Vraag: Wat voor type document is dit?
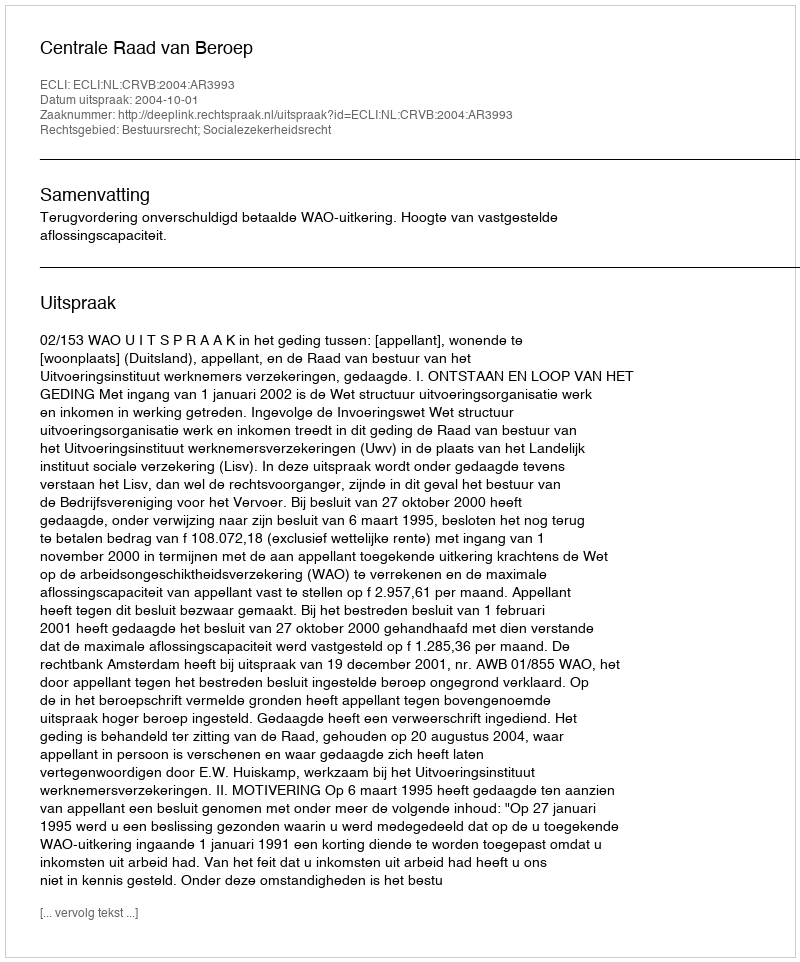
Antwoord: Uitspraak